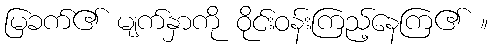
မြခက်၏ မျက်နှာကို ဝိုင်းဝန်းကြည့်နေကြ၏ ။